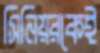
সিনিয়রকেই